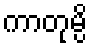
ကာတုမ္ပိ